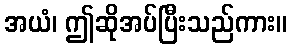
အယံ၊ ဤဆိုအပ်ပြီးသည်ကား။